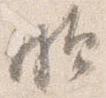
頗